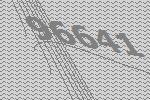
96641